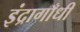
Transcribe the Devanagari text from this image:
इंद्रागाँधी